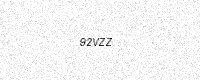
Text: 92VZZ